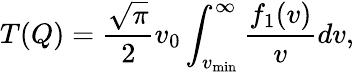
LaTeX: T(Q)=\frac{\sqrt{\pi}}{2}v_{0}\int_{v_{\mathrm{min}}}^{\infty}{\frac{f_{1}(v)}{v}dv},